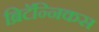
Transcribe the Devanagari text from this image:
ब्रिटॅन्निकस